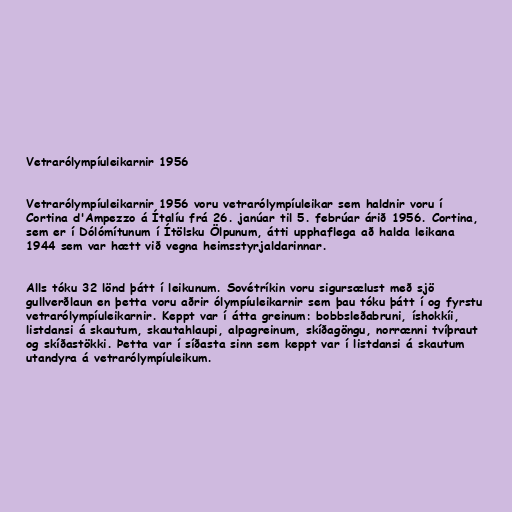
Vetrarólympíuleikarnir 1956

Vetrarólympíuleikarnir 1956 voru vetrarólympíuleikar sem haldnir voru í
Cortina d'Ampezzo á Ítalíu frá 26. janúar til 5. febrúar árið 1956. Cortina,
sem er í Dólómítunum í Ítölsku Ölpunum, átti upphaflega að halda leikana
1944 sem var hætt við vegna heimsstyrjaldarinnar.

Alls tóku 32 lönd þátt í leikunum. Sovétríkin voru sigursælust með sjö
gullverðlaun en þetta voru aðrir ólympíuleikarnir sem þau tóku þátt í og fyrstu
vetrarólympíuleikarnir. Keppt var í átta greinum: bobbsleðabruni, íshokkíi,
listdansi á skautum, skautahlaupi, alpagreinum, skíðagöngu, norrænni tvíþraut
og skíðastökki. Þetta var í síðasta sinn sem keppt var í listdansi á skautum
utandyra á vetrarólympíuleikum.